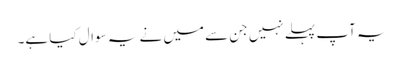
یہ آپ پہلے نہیں جن سے میں نے یہ سوال کیا ہے۔